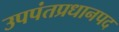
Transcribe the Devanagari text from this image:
उपपंतप्रधानपद